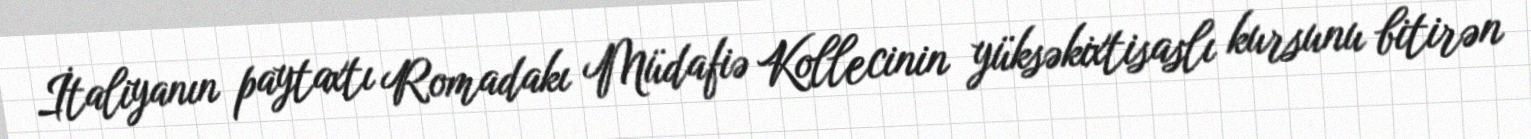
İtaliyanın paytaxtı Romadakı Müdafiə Kollecinin yüksəkixtisaslı kursunu bitirən